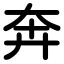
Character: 奔